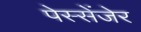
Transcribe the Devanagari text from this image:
पेस्सेंजेर